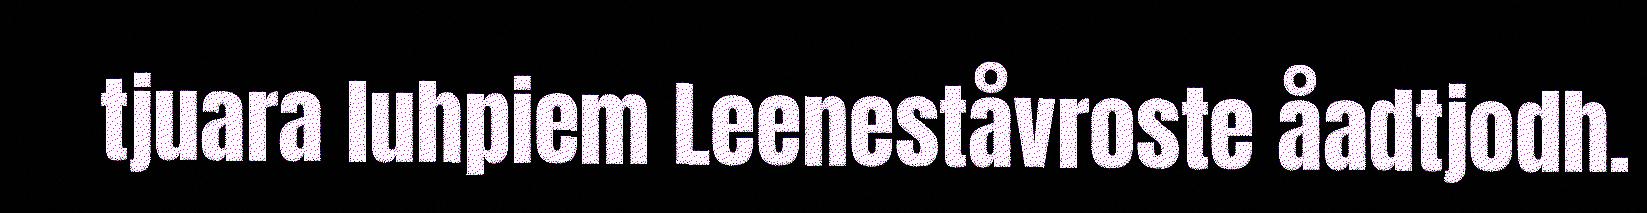
tjuara luhpiem Leeneståvroste åadtjodh.